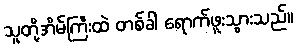
သူတို့အိမ်ကြီးထဲ တစ်ခါ ရောက်ဖူးသွားသည်။